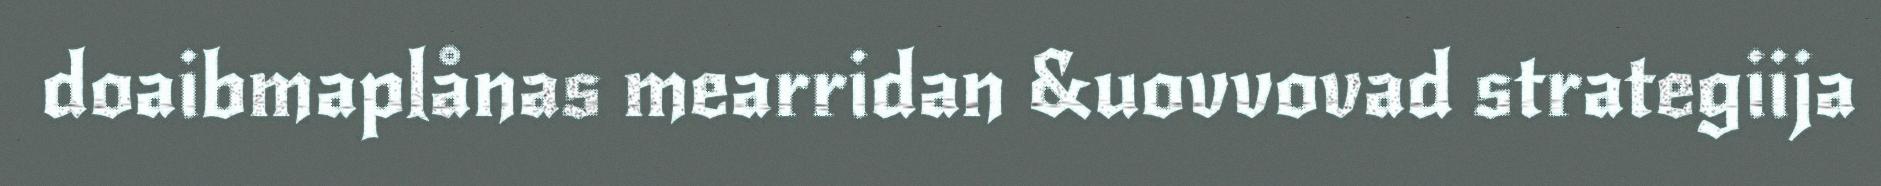
doaibmaplånas mearridan &uovvovad strategiija